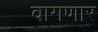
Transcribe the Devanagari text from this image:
वागणार